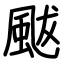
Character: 颰